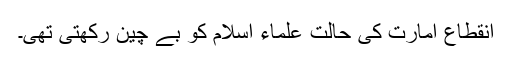
انقطاع امارت کی حالت علماء اسلام کو بے چین رکھتی تھی۔